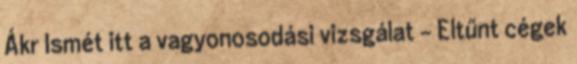
Ákr Ismét itt a vagyonosodási vizsgálat - Eltűnt cégek